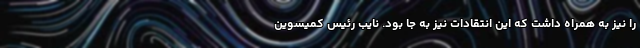
را نیز به همراه داشت که این انتقادات نیز به جا بود. نایب رئیس کمیسوین